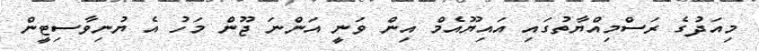
މިއަދުގެ ރަސްމިއްޔާތުގައި އައިޔޫއެމް އިން ވަނީ އަންނަ ޖޫން މަހު އެ ޔުނިވާސިޓީން